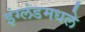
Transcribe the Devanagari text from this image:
इंग्लंडमधले